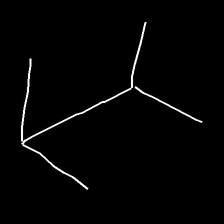
Glyph: gather